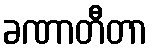
ခဏာတီတာ